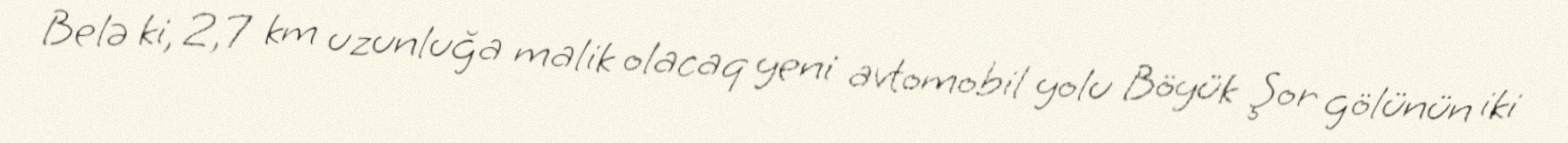
Belə ki, 2,7 km uzunluğa malik olacaq yeni avtomobil yolu Böyük Şor gölünün iki